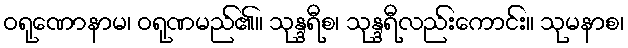
ဝရုဏောနာမ၊ ဝရုဏမည်၏။ သုန္ဒရီစ၊ သုန္ဒရီလည်းကောင်း။ သုမနာစ၊